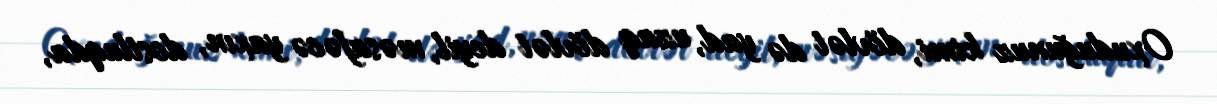
Oxuduğunuz kimi, dövlət də yad, uzaq dövlət deyil, məsafəcə yaxın, dostluqda,